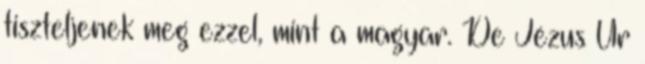
tiszteljenek meg ezzel, mint a magyar. De Jézus Úr